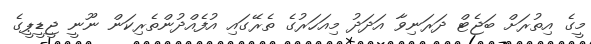
މީގެ އިތުރަށް ބަޖެޓް ދަރަނިވާ އަދަދު މިއަހަރުގެ ތެރޭގައި އުފެއްދުންތެރިކަން ނޫނީ ޖީޑީޕީގެ